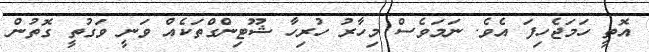
އޮތީ ހަމަޖެހިފަ އެވެ. ނަމަވެސް މިހާރު ހުރިހާ ޝޫޓިންގްތަކެއް ވަނީ ވަގުތީ ގޮތުން